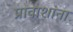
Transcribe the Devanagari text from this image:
प्रावाशांना